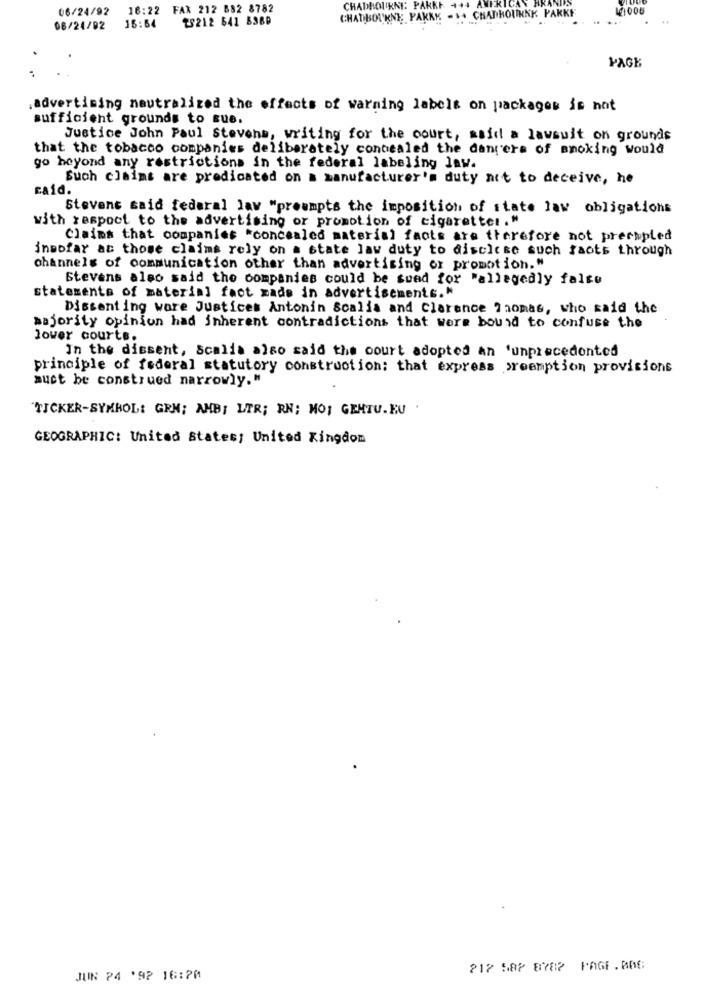
06/24/92
16:22 FAX 212 882 8782
CHADBOURNE: PAKKE
28212 541 8380
CHADBOURNE PAKKE -++ CHADHOURNK PAKKE
08/24/92
15:64
PAGE
,Advertising neutralized the effects of warning labels on packages is not
sufficient grounds to sue.
Justice John Paul Stevens, writing for the court, said a lawsuit on grounds
that the tobacco companies deliberately concealed the dangers of smoking would
go beyond any restrictions in the federal labeling law.
Such claims are predicated on a manufacturer's duty not to deceive, he
caid.
Stevens said federal law "preampts the imposition of state law obligations
with respect to the advertising or promotion of cigaretter."
Claims that companies "concealed material facts are therefore not precipled
insofar as those claims rely on a state law duty to disclose such facts through
channels of communication other than advertising or promotion."
Stevens also said the companies could be sued for "allegedly false
statements of material fact made in advertisements."
Dissent ing ware Justices Antonin Scalia and Clarence 7 nomas, who said the
majority opinion had inherent contradictions that were bound to confuse the
lower courts.
In the dissent, Scalia also said the court adopted an 'unprecedented
principle of federal statutory construction; that express preemption provisions
must be construed narrowly."
"TICKER-SYMBOL: GRN; AMBI LTR; RN; MO; GEHTU.EU
GEOGRAPHIC: United States: United Kingdom
217 587 8782 PAGE. BAG
JUIN 24 '92 16:70